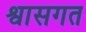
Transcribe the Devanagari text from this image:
श्वासगत